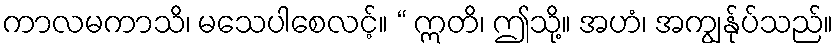
ကာလမကာသိ၊ မသေပါစေလင့်။ “ ဣတိ၊ ဤသို့။ အဟံ၊ အကျွန်ုပ်သည်။